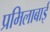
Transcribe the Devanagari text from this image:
प्रमिलाबाई